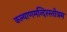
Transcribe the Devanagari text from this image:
कल्याणमन्दिरस्तोत्रम